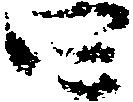
四